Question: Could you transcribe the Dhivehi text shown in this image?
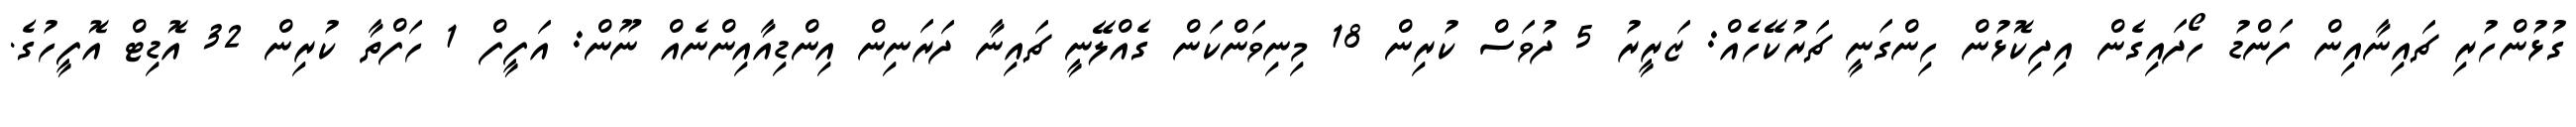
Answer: ގުޅުންހުރި ޗައިނާއިން ފަންޑު ހޯދައިގެން އިދިކޮޅުން ހިންގަނީ ޗަރުކޭހެއް: ޒަރީރު 5 ދުވަސް ކުރިން 18 މިނިވަންކަން ގެއްލޭނީ ޗައިނާ ދަރަނިން އިންޑިއާއިންނެއް ނޫން: އަފީފް 1 ހަފްތާ ކުރިން 32 އޮޑިޓް އޮފީހުގެ.